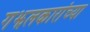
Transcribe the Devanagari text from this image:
गझलकारांच्या